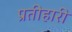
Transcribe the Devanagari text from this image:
प्रतीहारी